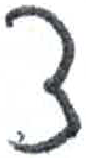
אות: צ